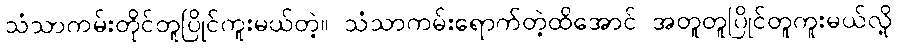
သံသာကမ်းတိုင်တူပြိုင်ကူးမယ်တဲ့။ သံသာကမ်းရောက်တဲ့ထိအောင် အတူတူပြိုင်တူကူးမယ်လို့